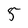
Character: 5